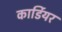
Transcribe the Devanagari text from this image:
कार्डियर